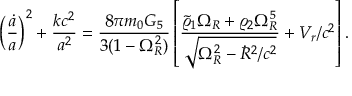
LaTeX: \left( { \frac { \dot { a } } { a } } \right) ^ { 2 } + { \frac { k c ^ { 2 } } { a ^ { 2 } } } = { \frac { 8 \pi m _ { 0 } G _ { 5 } } { 3 ( 1 - \Omega _ { R } ^ { 2 } ) } } \left[ { \frac { \tilde { \varrho } _ { 1 } \Omega _ { R } + \varrho _ { 2 } \Omega _ { R } ^ { 5 } } { \sqrt { \Omega _ { R } ^ { 2 } - \dot { R } ^ { 2 } / c ^ { 2 } } } } + V _ { r } / c ^ { 2 } \right] .